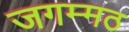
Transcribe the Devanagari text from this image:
जगम्मठ